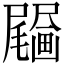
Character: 𤳰